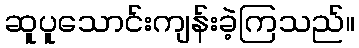
ဆူပူသောင်းကျန်းခဲ့ကြသည်။